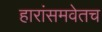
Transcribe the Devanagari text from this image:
हारांसमवेतच